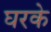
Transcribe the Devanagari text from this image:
घरके